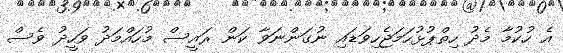
އެ ހުކުމާ މެދު ހިތްޕުޅުހަމަޖެހިވަޑައި ނުގަންނަވާ ކަން ރައީސް މުހައްމަދު ވަހީދު ވެސް